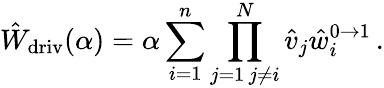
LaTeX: \hat{W}_{\mathrm{driv}}(\alpha)=\alpha\sum_{i=1}^{n}\prod_{\substack{j=1\, j\neq i}}^{N}\hat{v}_{j}\hat{w}_{i}^{0\to 1}\, .